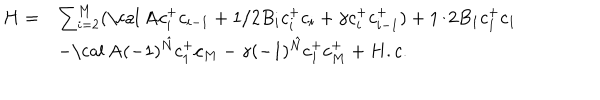
\begin{array} { l l } { { H = } } & { { \sum _ { i = 2 } ^ { M } ( \mathrm { \cal ~ A } c _ { i } ^ { + } c _ { i - 1 } + 1 / 2 B _ { i } c _ { i } ^ { + } c _ { i } + \gamma c _ { i } ^ { + } c _ { i - 1 } ^ { + } ) + 1 / 2 B _ { 1 } c _ { 1 } ^ { + } c _ { 1 } } } \\ { { } } & { { - \mathrm { \cal ~ A } ( - 1 ) ^ { \hat { N } } c _ { 1 } ^ { + } c _ { M } - \gamma ( - 1 ) ^ { \hat { N } } c _ { 1 } ^ { + } c _ { M } ^ { + } + H . c . } } \\ \end{array}